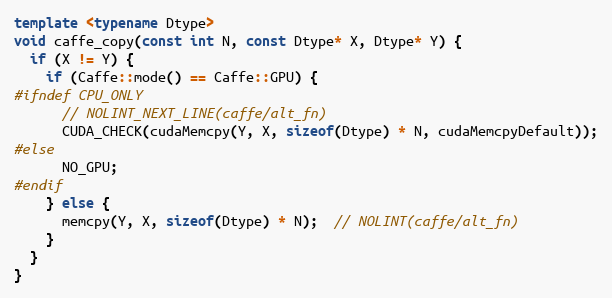
Language: C++
template <typename Dtype>
void caffe_copy(const int N, const Dtype* X, Dtype* Y) {
  if (X != Y) {
    if (Caffe::mode() == Caffe::GPU) {
#ifndef CPU_ONLY
      // NOLINT_NEXT_LINE(caffe/alt_fn)
      CUDA_CHECK(cudaMemcpy(Y, X, sizeof(Dtype) * N, cudaMemcpyDefault));
#else
      NO_GPU;
#endif
    } else {
      memcpy(Y, X, sizeof(Dtype) * N);  // NOLINT(caffe/alt_fn)
    }
  }
}